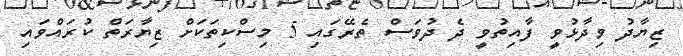
ޒިޔާދު ވިދާޅުވީ ފާއިތުވީ ދެ ދުވަސް ތެރޭގައި 5 މިސްކިތަކަށް ޒިޔާރަތް ކުރައްވައި